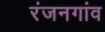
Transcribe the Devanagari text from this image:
रंजनगांव